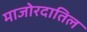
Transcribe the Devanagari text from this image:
माजोरदातिल